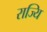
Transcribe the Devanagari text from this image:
राज्यि